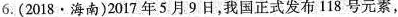
6.(2018·海南)2017年5月9日，我国正式发布118号元素，